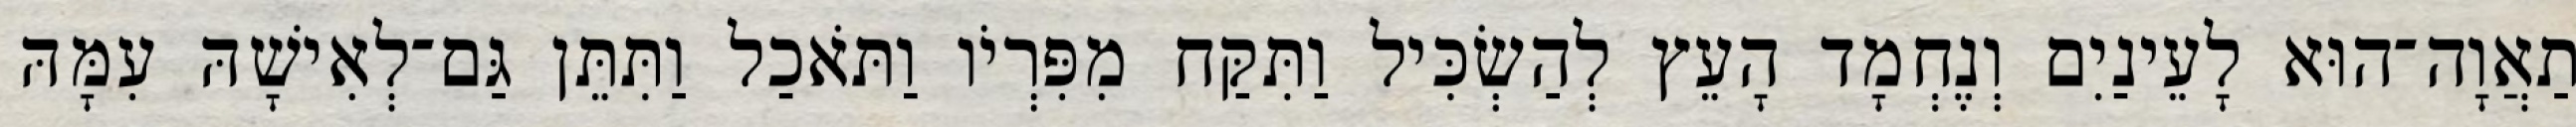
תַאֲוָה־הוּא לָעֵינַיִם וְנֶחְמָד הָעֵץ לְהַשְׂכִּיל וַתִּקַּח מִפִּרְיֹו וַתֹּאכַל וַתִּתֵּן גַּם־לְאִישָׁהּ עִמָּהּ